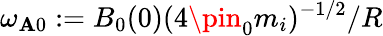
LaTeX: \omega_{\mathbf{A}0}:=B_{0}(0)(4\pin_{0}m_{i})^{-1/2}/R